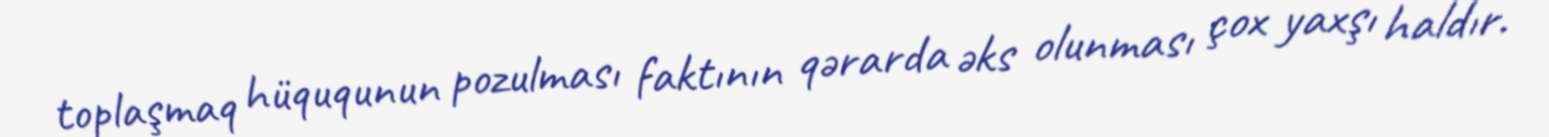
toplaşmaq hüququnun pozulması faktının qərarda əks olunması çox yaxşı haldır.